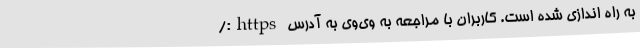
به راه اندازی شده است. کاربران با مراجعه به وی‌وی به آدرس https:/